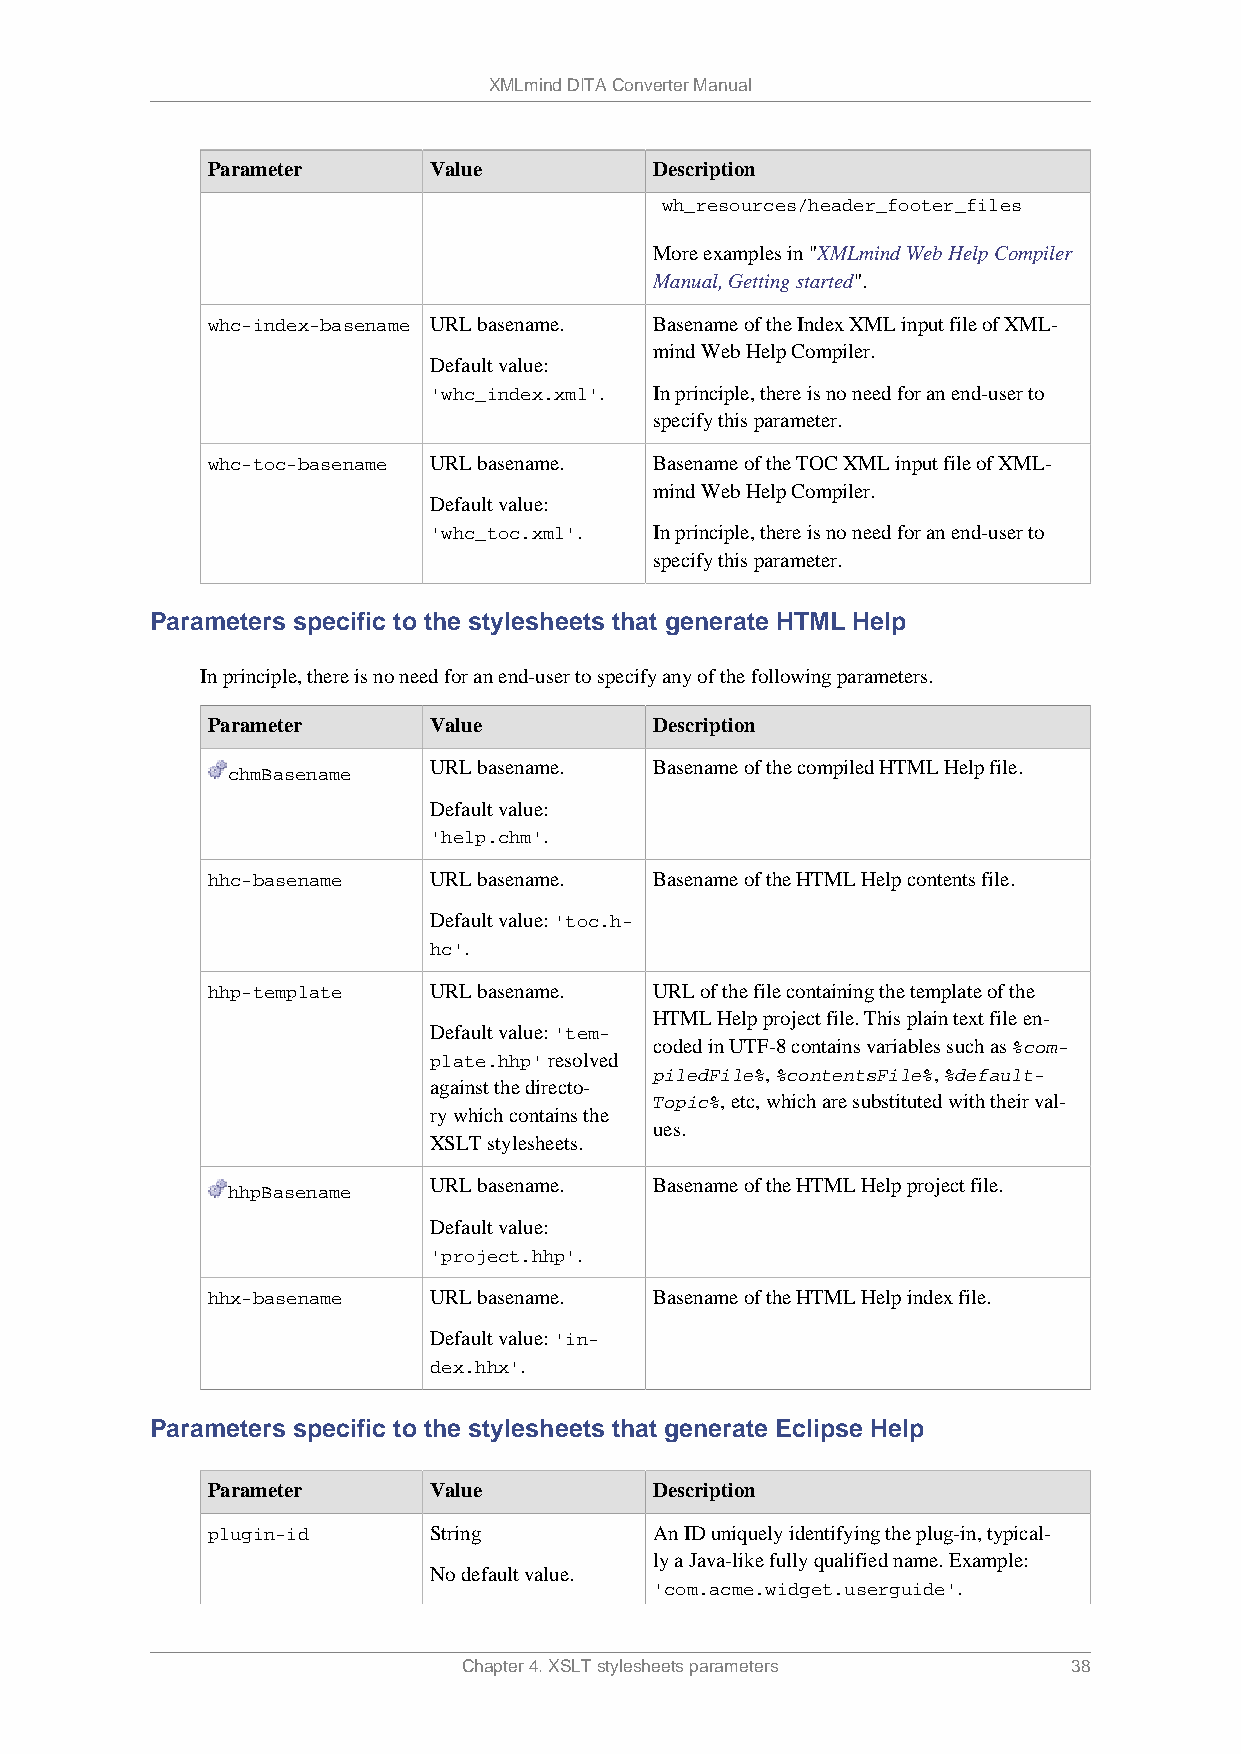
XMLmind DITA Converter Manual
 Parameter     Value          Description
 wh_resources/header_footer_files
 More examples in "XMLmind Web Help Compiler
 Manual, Getting started".
 whc-index-basename URL basename. Basename of the Index XML input file of XML-
 mind Web Help Compiler.
 Default value:
 'whc_index.xml'. In principle, there is no need for an end-user to
 specify this parameter.
 whc-toc-basename URL basename. Basename of the TOC XML input file of XML-
 mind Web Help Compiler.
 Default value:
 'whc_toc.xml'. In principle, there is no need for an end-user to
 specify this parameter.
 Parameters specific to the stylesheets that generate HTML Help
 In principle, there is no need for an end-user to specify any of the following parameters.
 Parameter     Value          Description
 URL basename.  Basename of the compiled HTML Help file.
 chmBasename
 Default value:
 'help.chm'.
 hhc-basename  URL basename.  Basename of the HTML Help contents file.
 Default value: 'toc.h-
 hc'.
 hhp-template  URL basename.  URL of the file containing the template of the
 HTML Help project file. This plain text file en-
 Default value: 'tem-
 coded in UTF-8 contains variables such as %com-
 plate.hhp' resolved
 piledFile%, %contentsFile%, %default-
 against the directo-
 Topic%, etc, which are substituted with their val-
 ry which contains the
 ues.
 XSLT stylesheets.
 URL basename.  Basename of the HTML Help project file.
 hhpBasename
 Default value:
 'project.hhp'.
 hhx-basename  URL basename.  Basename of the HTML Help index file.
 Default value: 'in-
 dex.hhx'.
 Parameters specific to the stylesheets that generate Eclipse Help
 Parameter     Value          Description
 plugin-id     String         An ID uniquely identifying the plug-in, typical-
 ly a Java-like fully qualified name. Example:
 No default value.
 'com.acme.widget.userguide'.
 Chapter 4. XSLT stylesheets parameters  38